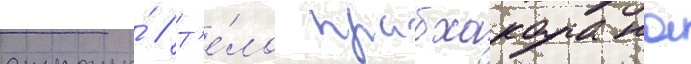
страны́ // Т'е́ло прабхакарана